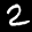
Label: 2